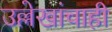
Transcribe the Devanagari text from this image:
उल्लेखांचाही